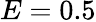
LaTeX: E=0.5